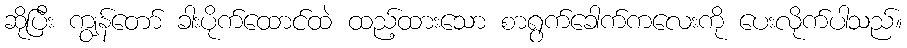
ဆိုပြီး ကျွန်တော် ခါးပိုက်ထောင်ထဲ ထည့်ထားသော စာရွက်ခေါက်ကလေးကို ပေးလိုက်ပါသည်။